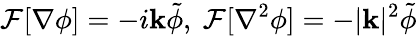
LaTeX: \mathcal{F}[\nabla\phi]=-i\mathbf{k}\tilde{\phi},\ \mathcal{F}[\nabla^{2}\phi]=-|\mathbf{k}|^{2}\tilde{\phi}